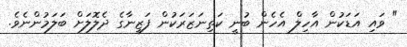
" ވައި އަޑަކުން އާހިލް އެހެން ބުނީ ކަތިނަޒަރަކުން ފަޒީނާގެ ދެލޮލަށް ބަލަމުންނެވެ.